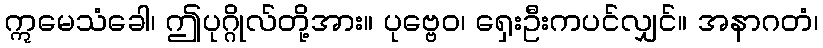
ဣမေသံခေါ၊ ဤပုဂ္ဂိုလ်တို့အား။ ပုဗ္ဗေဝ၊ ရှေးဦးကပင်လျှင်။ အနာဂတံ၊